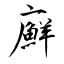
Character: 廯